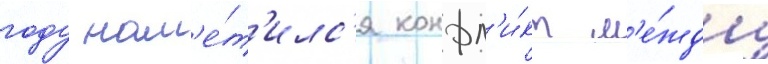
году нам'е́т'илс'я конфл'и́кт м'е́жду